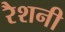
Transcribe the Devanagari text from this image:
रैशनी